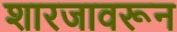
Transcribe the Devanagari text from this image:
शारजावरून